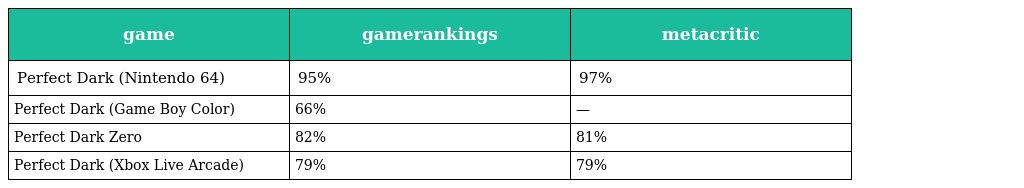
| game | gamerankings | metacritic |
 | --- | --- | --- |
 | Perfect Dark (Nintendo 64) | 95% | 97% |
 | Perfect Dark (Game Boy Color) | 66% | — |
 | Perfect Dark Zero | 82% | 81% |
 | Perfect Dark (Xbox Live Arcade) | 79% | 79% |